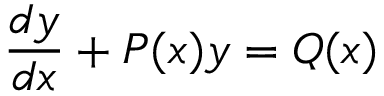
{ \frac { d y } { d x } } + P ( x ) y = Q ( x ) \,